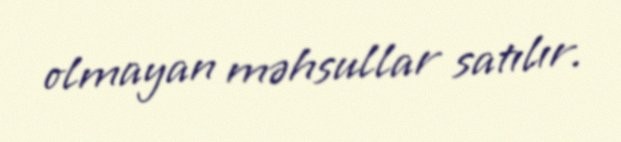
olmayan məhsullar satılır.